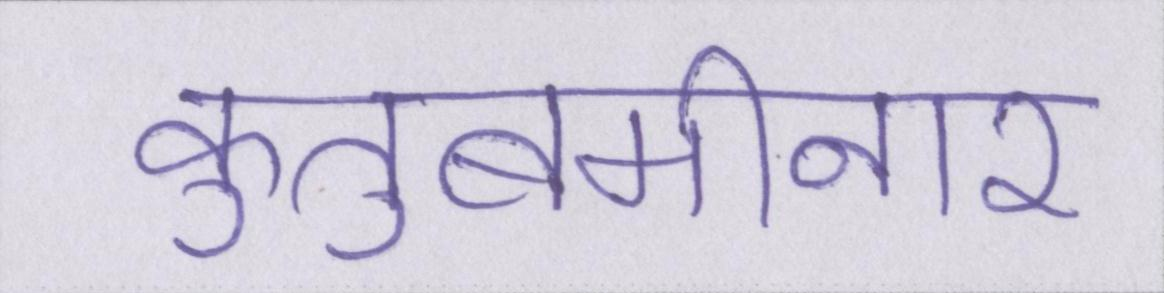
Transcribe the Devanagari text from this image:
कुतुबमीनार